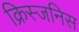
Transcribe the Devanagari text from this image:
क्रिस्जनिस